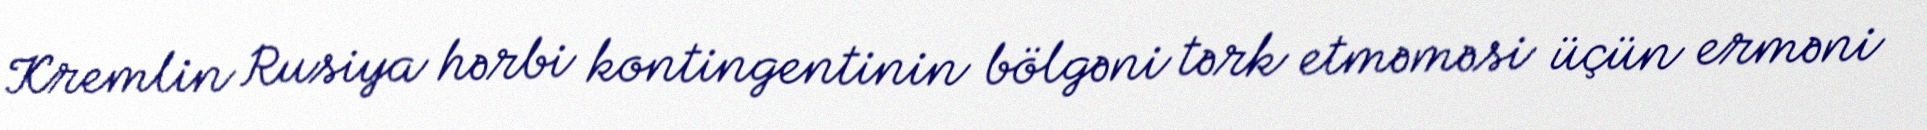
Kremlin Rusiya hərbi kontingentinin bölgəni tərk etməməsi üçün erməni